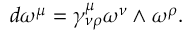
d \omega ^ { \mu } = \gamma _ { \nu \rho } ^ { \mu } \omega ^ { \nu } \wedge \omega ^ { \rho } .